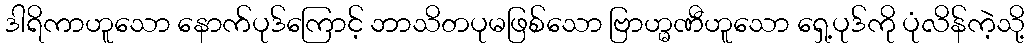
ဒါရိကာဟူသော နောက်ပုဒ်ကြောင့် ဘာသိတပုမဖြစ်သော ဗြာဟ္မဏီဟူသော ရှေ့ပုဒ်ကို ပုံလိန်ကဲ့သို့